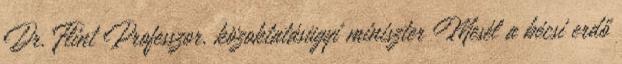
Dr. Flint Professzor, közoktatásügyi miniszter Mesél a bécsi erdő